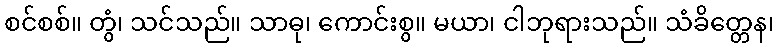
စင်စစ်။ တွံ၊ သင်သည်။ သာဓု၊ ကောင်းစွ။ မယာ၊ ငါဘုရားသည်။ သံခိတ္တေန၊